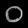
Digit: ၀